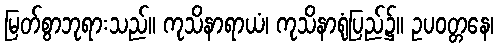
မြတ်စွာဘုရားသည်။ ကုသိနာရာယံ၊ ကုသိနာရုံပြည်၌။ ဥပဝတ္တနေ၊